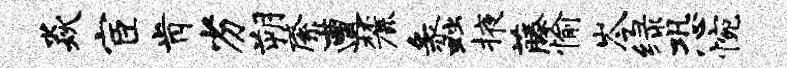
焱宦肯劣朔綮遭麓蠡掖藤愉岑绿恐惋